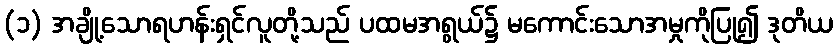
(၁) အချို့သောရဟန်းရှင်လူတို့သည် ပထမအရွယ်၌ မကောင်းသောအမှုကိုပြု၍ ဒုတိယ